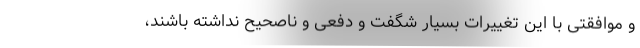
و موافقتی با این تغییرات بسیار شگفت و دفعی و ناصحیح نداشته باشند،